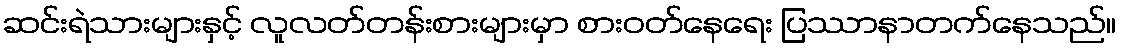
ဆင်းရဲသားများနှင့် လူလတ်တန်းစားများမှာ စားဝတ်နေရေး ပြဿာနာတက်နေသည်။